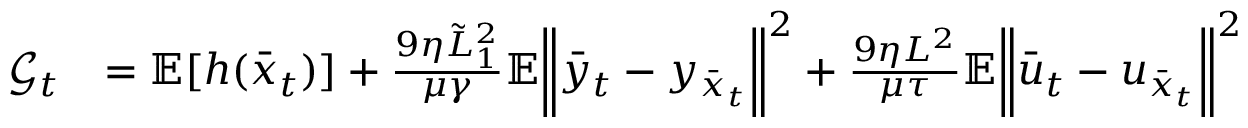
\begin{array} { r l } { \mathcal { G } _ { t } } & { = \mathbb { E } [ h ( \bar { x } _ { t } ) ] + \frac { 9 \eta \tilde { L } _ { 1 } ^ { 2 } } { \mu \gamma } \mathbb { E } \bigg \| \bar { y } _ { t } - y _ { \bar { x } _ { t } } \bigg \| ^ { 2 } + \frac { 9 \eta L ^ { 2 } } { \mu \tau } \mathbb { E } \bigg \| \bar { u } _ { t } - u _ { \bar { x } _ { t } } \bigg \| ^ { 2 } } \end{array}